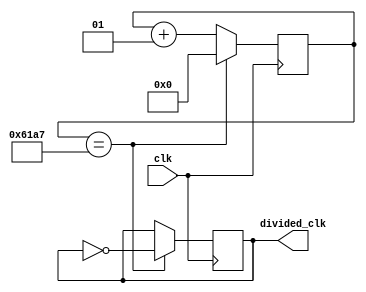
`timescale 1ns / 1ps
//////////////////////////////////////////////////////////////////////////////////
// Company: 
// Engineer: 
// 
// Design Name: 
// Module Name: clk_div
// Project Name: 
// Target Devices: 
// Tool Versions: 
// Description: 
// 
// Dependencies: 
// 
// Revision:
// Revision 0.01 - File Created
// Additional Comments:
// 
//////////////////////////////////////////////////////////////////////////////////


module clk_div(
    input clk,
    output reg divided_clk =0
    );
      
localparam div_amount = 24999;
integer count=0;
    always@(posedge clk) begin
    if(count == div_amount)
    count <= 0;
    else 
    count <= count +1;
    end
    
    always @(posedge clk) begin
     if(count == div_amount)
    divided_clk= ~divided_clk;
    
    end
    
    
    
    
endmodule